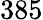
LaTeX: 385